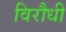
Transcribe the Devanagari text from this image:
विरौधी